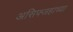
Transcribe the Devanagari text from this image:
असिफ्जहाच्या